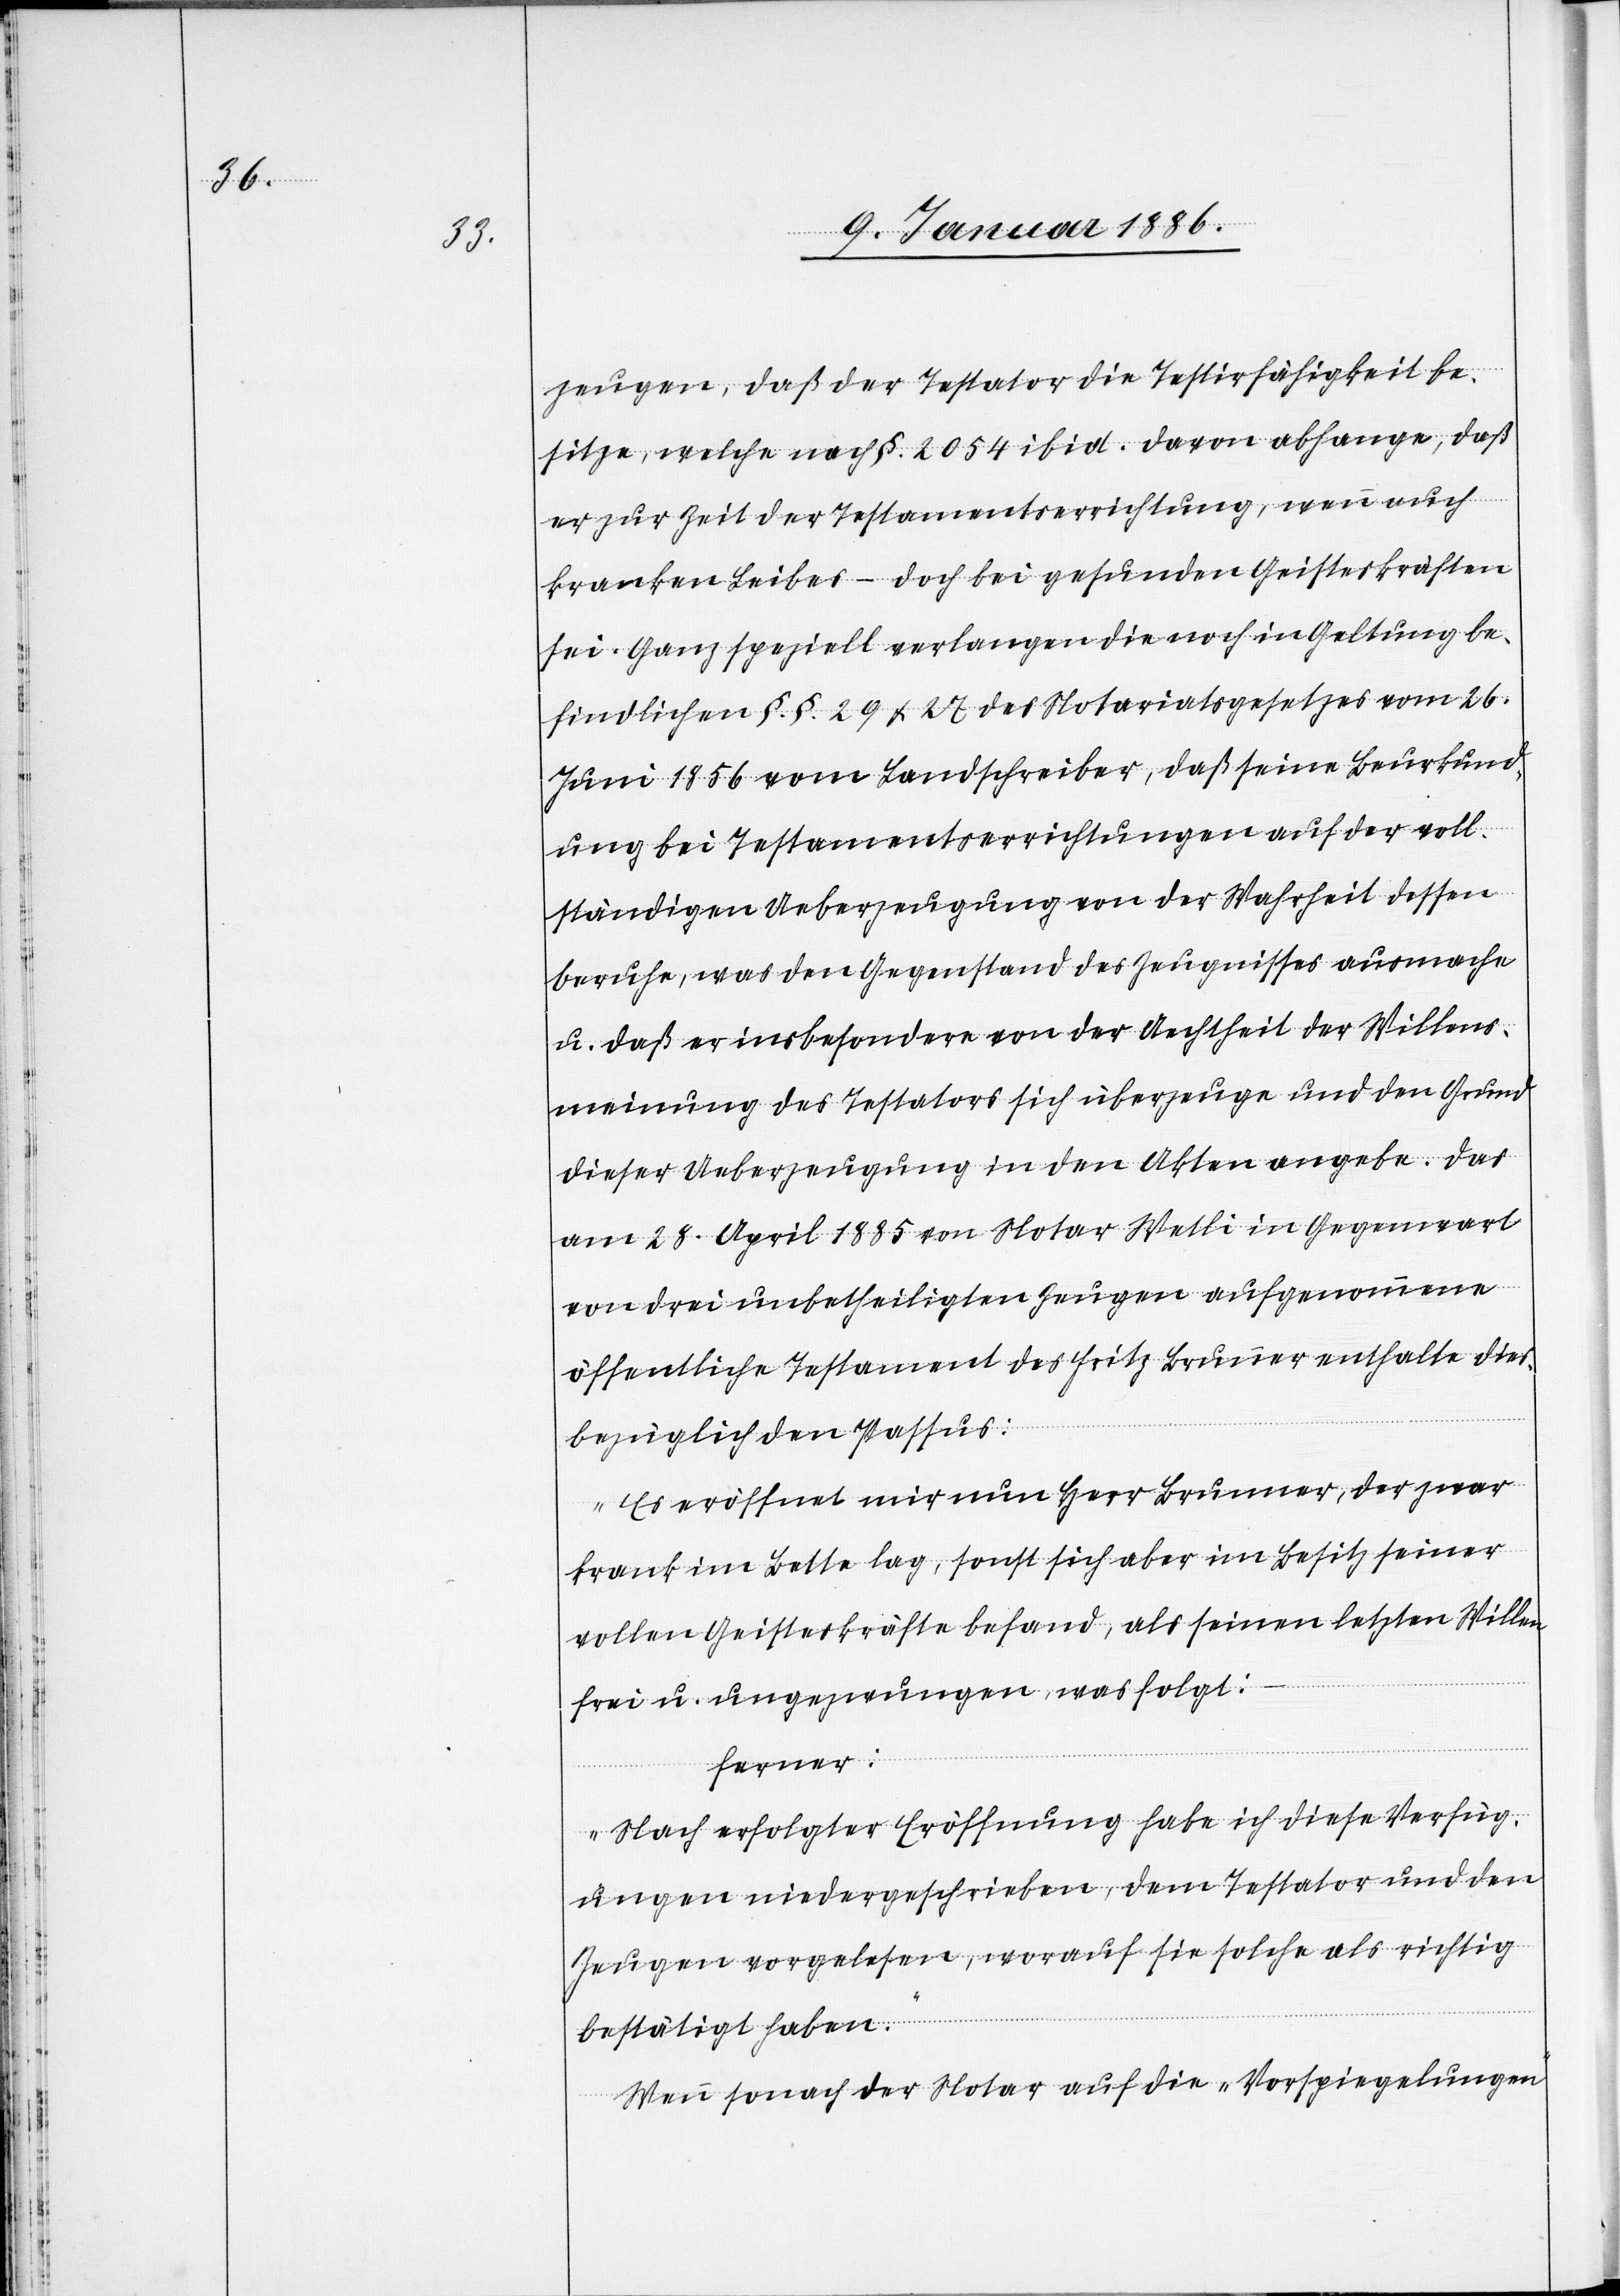
zeugen, daß der Testator die Testirfähigkeit be¬
sitze, welche nach §. 2054 ibid. davon abhange, daß
er zur Zeit der Testamentserrichtung, wenn auch
kranken Leibes – doch bei gesunden Geisteskräften
sei. Ganz speziell verlangen die noch in Geltung be¬
findlichen §.§. 29 & 27 des Notariatgesetzes vom 26.
Juni 1856 vom Landschreiber, daß seine Beurkund¬
ung bei Testamentserrichtungen auf der voll¬
ständigen Ueberzeugung von der Wahrheit dessen
beruhe, was den Gegenstand des Zeugnisses ausmache
u. daß er insbesondere von der Aechtheit der Willens¬
meinung des Testators sich überzeugen und den Grund
dieser Ueberzeugung in den Akten angebe. Das
am 28. April 1885 von Notar Wetli in Gegenwart
von drei unbetheiligten Zeugen aufgenommene
öffentliche Testament des Fritz Brunner enthalte dies¬
bezüglich den Passus:
„Es eröffnet mir nun Herr Brunner, der zwar
krank im Bette lag, sonst sich aber im Besitz seiner
vollen Geisteskräften befand, als seinen letzten Willen,
frei u. ungezwungen, was folgt:“
ferner:
„Nach erfolgter Eröffnung habe ich diese Verfüg¬
ungen niedergeschrieben, dem Testator und den
Zeugen vorgelesen, worauf sie solche als richtig
bestätigt haben.“
Wenn sonach der Notar auf die „Vorspiegelungen“